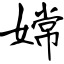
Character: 嫦